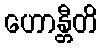
ဟောန္တီတိ